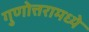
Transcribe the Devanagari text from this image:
गुणोत्तरामध्ये